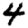
Digit: 4